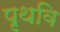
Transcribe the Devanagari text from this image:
पृथवि